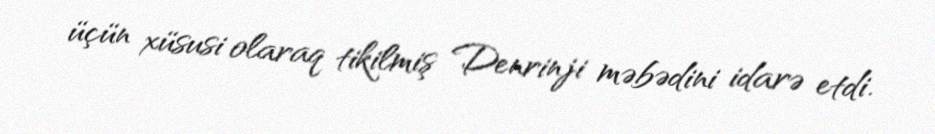
üçün xüsusi olaraq tikilmiş Denrinji məbədini idarə etdi.